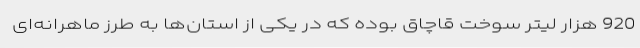
920 هزار لیتر سوخت قاچاق بوده که در یکی از استان‌ها به طرز ماهرانه‌ای